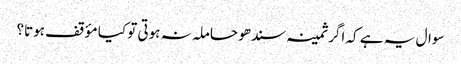
سوال یہ ہے کہ اگر ثمینہ سندھو حاملہ نہ ہوتی تو کیا مؤقف ہوتا؟